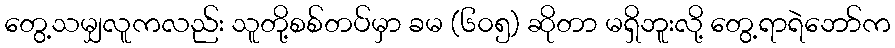
တွေ့သမျှလူကလည်း သူတို့စစ်တပ်မှာ ခမ (၆၀၅) ဆိုတာ မရှိဘူးလို့ တွေ့ရာရဲဘော်က